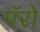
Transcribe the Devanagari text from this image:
मॅरो